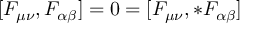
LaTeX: [ F _ { \mu \nu } , F _ { \alpha \beta } ] = 0 = [ F _ { \mu \nu } , { * } F _ { \alpha \beta } ]